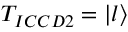
T _ { I C C D 2 } = \left| l \right\rangle